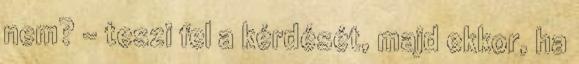
nem? - teszi fel a kérdését, majd ekkor, ha